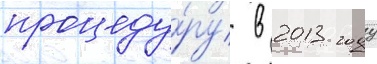
процеду́ру в 2013 году